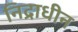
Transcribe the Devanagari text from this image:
निद्राधीन